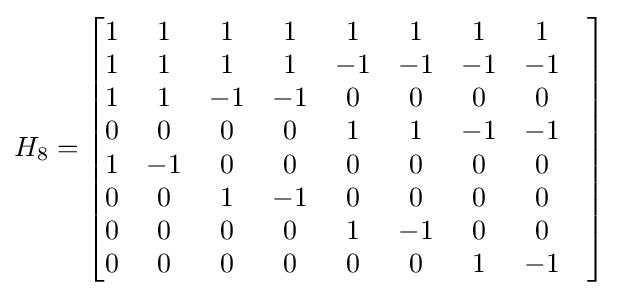
H_{8}={\begin{bmatrix}1&1&1&1&1&1&1&1\\1&1&1&1&-1&-1&-1&-1\\1&1&-1&-1&0&0&0&0&\\0&0&0&0&1&1&-1&-1\\1&-1&0&0&0&0&0&0&\\0&0&1&-1&0&0&0&0\\0&0&0&0&1&-1&0&0&\\0&0&0&0&0&0&1&-1\end{bmatrix}}